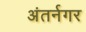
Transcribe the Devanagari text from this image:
अंतर्नगर